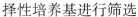
择性培养基进行筛选